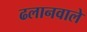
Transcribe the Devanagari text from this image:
ढलानवाले